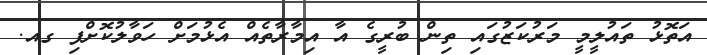
އަތޮޅު ތައުލީމީ މަރުކަޒުގައި ތިން ބުރީގެ އާ އިމާރާތެއް އެޅުމަށް ހަވާލުކޮށްފި ގއ.